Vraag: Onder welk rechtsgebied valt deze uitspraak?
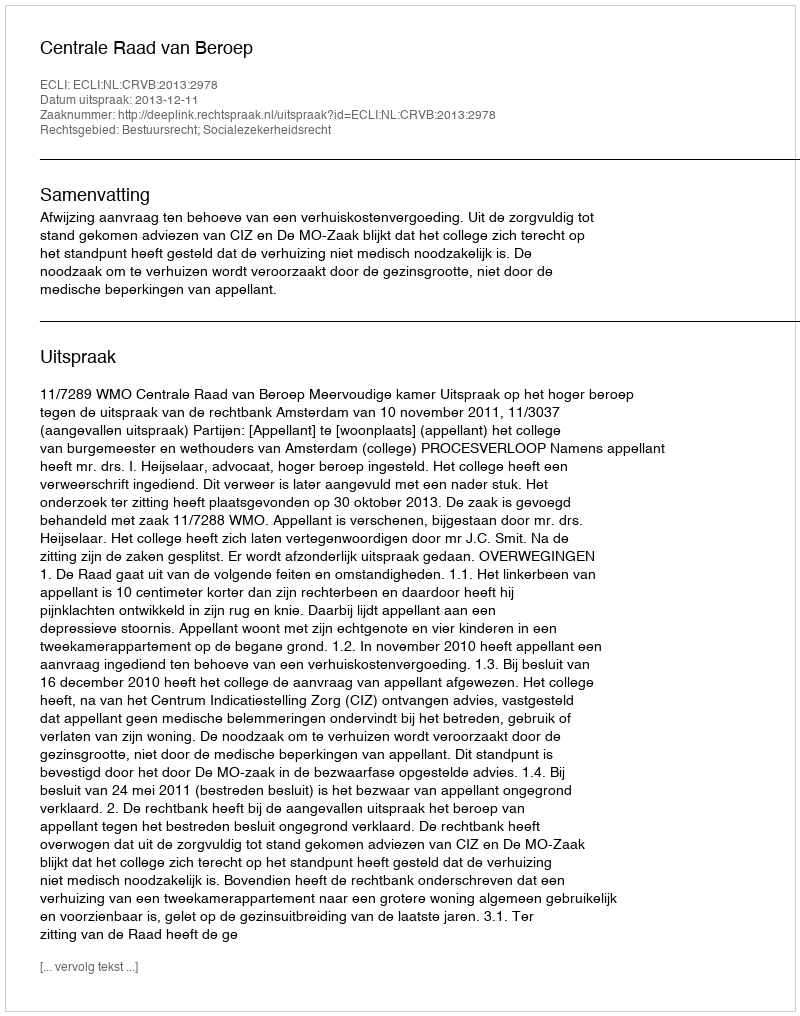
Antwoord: Bestuursrecht; Socialezekerheidsrecht